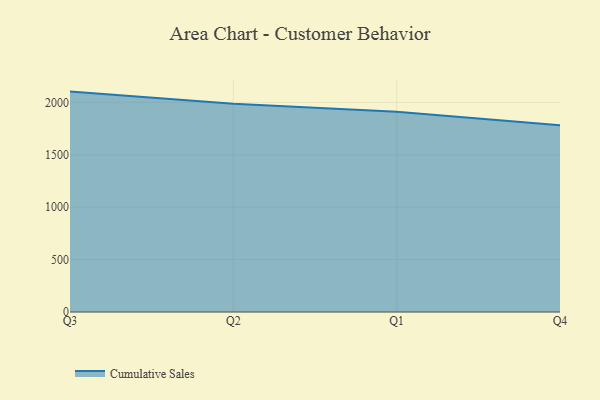
{"axis": {"x": "Quarter", "y": "Churn Rate (%)"}, "legend": ["Cumulative Sales"], "data": [{"x": "Q3", "y": 2103.0, "type": "Cumulative Sales"}, {"x": "Q2", "y": 1988.1, "type": "Cumulative Sales"}, {"x": "Q1", "y": 1911.7, "type": "Cumulative Sales"}, {"x": "Q4", "y": 1782.3, "type": "Cumulative Sales"}]}